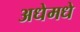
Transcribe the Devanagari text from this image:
अधेमधे